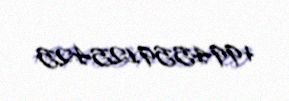
+994559125425